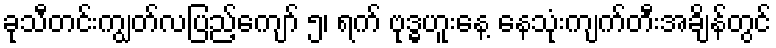
ခုသီတင်းကျွတ်လပြည့်ကျော် ၅၊ ရက် ဗုဒ္ဓဟူးနေ့ နေသုံးကျက်တီးအချိန်တွင်